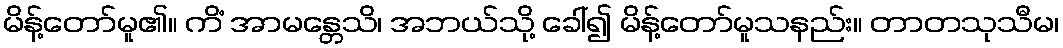
မိန့်တော်မူ၏။ ကိံ အာမန္တေသိ၊ အဘယ်သို့ ခေါ်၍ မိန့်တော်မူသနည်း။ တာတသုသီမ၊